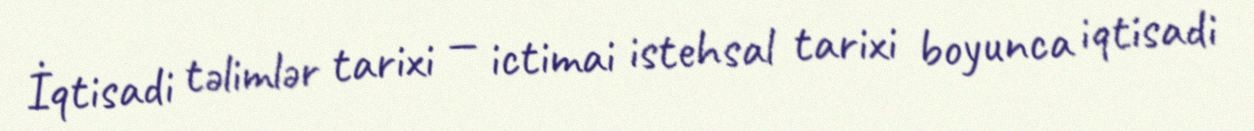
İqtisadi təlimlər tarixi — ictimai istehsal tarixi boyunca iqtisadi